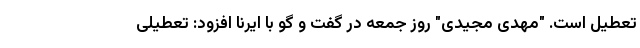
تعطیل است. "مهدی مجیدی" روز جمعه در گفت و گو با ایرنا افزود: تعطیلی